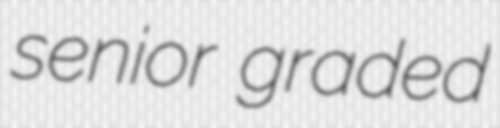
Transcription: senior graded